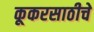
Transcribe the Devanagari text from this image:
कूकरसाठीचे